Civil Veterinary Dept. North-West Frontier Province 1901-22 - 1901-1922
Year: 1901
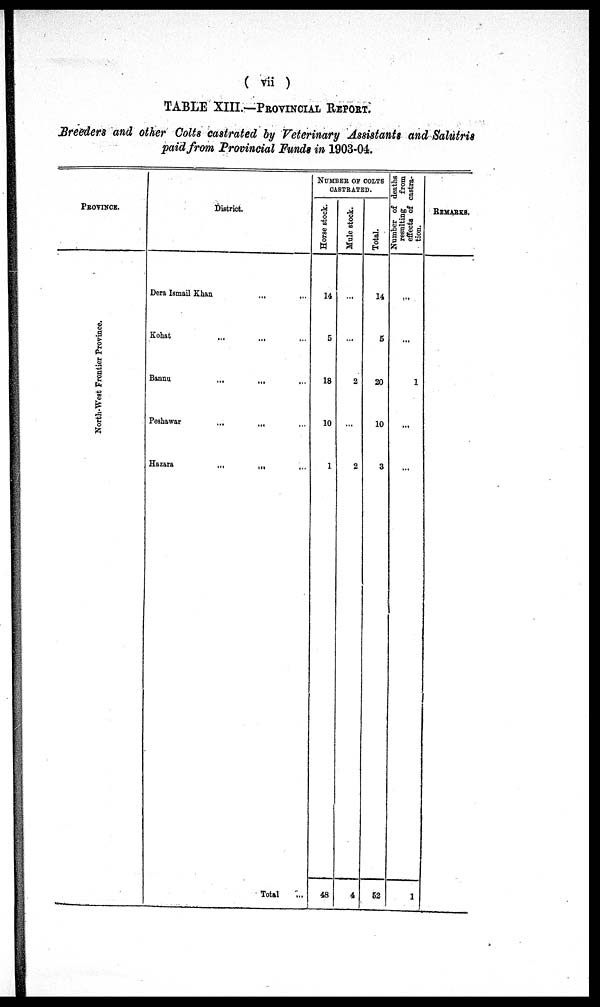
(vii)
TABLE XIII.—PROVINCIAL REPORT.
Breeders and other Colts castrated by Veterinary Assistants and Salutris
paid from Provincial Funds in 1903-04.
PROVINCE.
Nor th-
We s
t Fr ont i
er Pr ovi nce.
District.
Dera Ismail Khan ... ...
Kohat ... ... ...
Bannu
... ... ..
Peshawar ... ... ...
Hazara
...
...
...
Total ...
NUMBER OF COLTS
CASTRATED.
Horse stock.
14
5
18
10
1
48
Mule stock.
...
...
2
...
2
4
Total.
14
5
20
10
3
52
Number of deaths
resulting
from
effects of castra-
tion.
...
...
1
...
...
1
REMARKS.
...
...